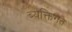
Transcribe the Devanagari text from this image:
ब्यक्तिगत